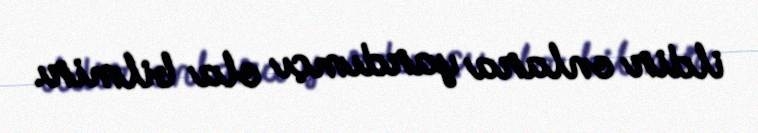
ildir onlara yardımçı ola bilmir.